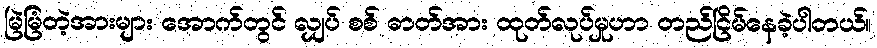
မြဲမြံတဲ့အားများ အောက်တွင် လျှပ် စစ် ဓာတ်အား ထုတ်လုပ်မှုဟာ တည်ငြိမ်နေခဲ့ပါတယ်။